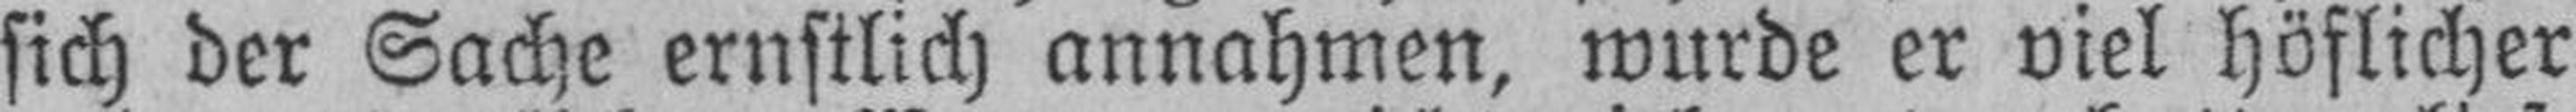
sich der Sache ernstlich annahmen, wurde er viel höflicher